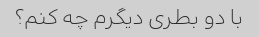
با دو بطری دیگرم چه کنم؟